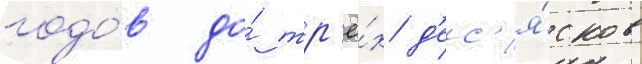
годо́в до́ тр'ё́х д'ес'я́тков